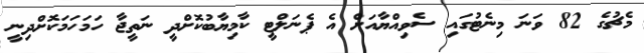
މެޗުގެ 82 ވަނަ މިނެޓުގައި ސެވިއްޔާއަށް އެ ޕެނަލްޓީ ކާމިޔާބުކޮށްދީ ނަތީޖާ ހަމަހަމަކޮށްދިނީ